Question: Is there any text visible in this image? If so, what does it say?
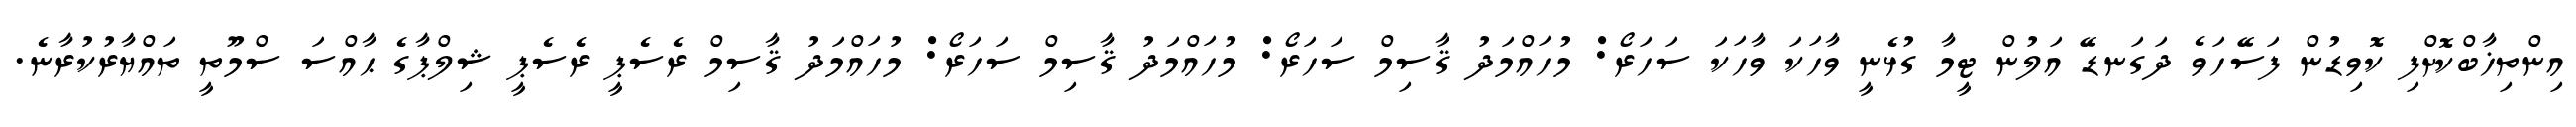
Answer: އިންތިޚާބްކޮށްފި ކޮވިޑުން ފަސޭހަވެ ދަގަނޑޭ އަލުން ޓީމާ ގުޅެނީ ވާހަކަ ވާހަކަ ސަހަރޯ: މުހައްމަދު ޤާސިމް ސަހަރޯ: މުހައްމަދު ޤާސިމް ސަހަރޯ: މުހައްމަދު ޤާސިމް ރެސެޕީ ރެސެޕީ ޝިލްޕާގެ ޙާއްސަ ސްމޫތީ ތައްޔާރުކުރާނެ.